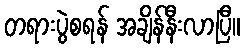
တရားပွဲစရန် အချိန်နီးလာပြီ။